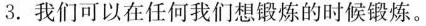
3.我们可以在任何我们想锻炼的时候锻炼。